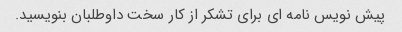
پیش نویس نامه ای برای تشکر از کار سخت داوطلبان بنویسید.